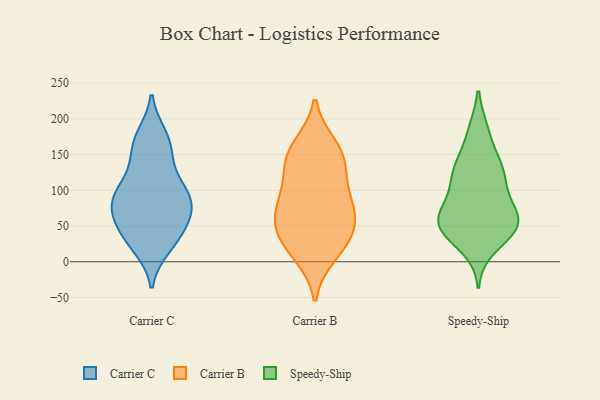
{"axis": {"x": "Revenue (USD Million)", "y": "Value"}, "legend": ["Carrier B", "Carrier C", "Speedy-Ship"], "data": [{"x": "", "y": 43, "type": "Carrier C"}, {"x": "", "y": 158, "type": "Carrier C"}, {"x": "", "y": 113, "type": "Carrier C"}, {"x": "", "y": 102, "type": "Carrier C"}, {"x": "", "y": 171, "type": "Carrier C"}, {"x": "", "y": 81, "type": "Carrier C"}, {"x": "", "y": 84, "type": "Carrier C"}, {"x": "", "y": 69, "type": "Carrier C"}, {"x": "", "y": 62, "type": "Carrier C"}, {"x": "", "y": 99, "type": "Carrier C"}, {"x": "", "y": 92, "type": "Carrier C"}, {"x": "", "y": 26, "type": "Carrier C"}, {"x": "", "y": 21, "type": "Carrier C"}, {"x": "", "y": 36, "type": "Carrier C"}, {"x": "", "y": 146, "type": "Carrier C"}, {"x": "", "y": 65, "type": "Carrier C"}, {"x": "", "y": 176, "type": "Carrier C"}, {"x": "", "y": 30, "type": "Carrier B"}, {"x": "", "y": 137, "type": "Carrier B"}, {"x": "", "y": 11, "type": "Carrier B"}, {"x": "", "y": 64, "type": "Carrier B"}, {"x": "", "y": 99, "type": "Carrier B"}, {"x": "", "y": 161, "type": "Carrier B"}, {"x": "", "y": 95, "type": "Carrier B"}, {"x": "", "y": 48, "type": "Carrier B"}, {"x": "", "y": 23, "type": "Carrier B"}, {"x": "", "y": 146, "type": "Carrier B"}, {"x": "", "y": 150, "type": "Carrier B"}, {"x": "", "y": 60, "type": "Carrier B"}, {"x": "", "y": 73, "type": "Carrier B"}, {"x": "", "y": 43, "type": "Speedy-Ship"}, {"x": "", "y": 88, "type": "Speedy-Ship"}, {"x": "", "y": 20, "type": "Speedy-Ship"}, {"x": "", "y": 130, "type": "Speedy-Ship"}, {"x": "", "y": 50, "type": "Speedy-Ship"}, {"x": "", "y": 121, "type": "Speedy-Ship"}, {"x": "", "y": 48, "type": "Speedy-Ship"}, {"x": "", "y": 57, "type": "Speedy-Ship"}, {"x": "", "y": 44, "type": "Speedy-Ship"}, {"x": "", "y": 182, "type": "Speedy-Ship"}, {"x": "", "y": 130, "type": "Speedy-Ship"}, {"x": "", "y": 51, "type": "Speedy-Ship"}, {"x": "", "y": 61, "type": "Speedy-Ship"}, {"x": "", "y": 127, "type": "Speedy-Ship"}, {"x": "", "y": 87, "type": "Speedy-Ship"}, {"x": "", "y": 77, "type": "Speedy-Ship"}, {"x": "", "y": 129, "type": "Speedy-Ship"}, {"x": "", "y": 55, "type": "Speedy-Ship"}, {"x": "", "y": 181, "type": "Speedy-Ship"}]}